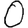
Digit: 0